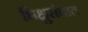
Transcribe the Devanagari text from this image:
भिक्षुसंघात